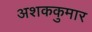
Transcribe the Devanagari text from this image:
अशककुमार